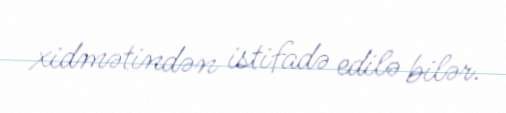
xidmətindən istifadə edilə bilər.